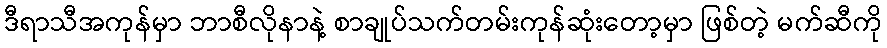
ဒီရာသီအကုန်မှာ ဘာစီလိုနာနဲ့ စာချုပ်သက်တမ်းကုန်ဆုံးတော့မှာ ဖြစ်တဲ့ မက်ဆီကို